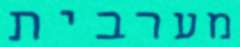
מערבית